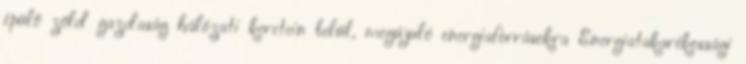
épülő zöld gazdaság hálózati keretein belül, megújuló energiaforrásokra Energiatakarékossági